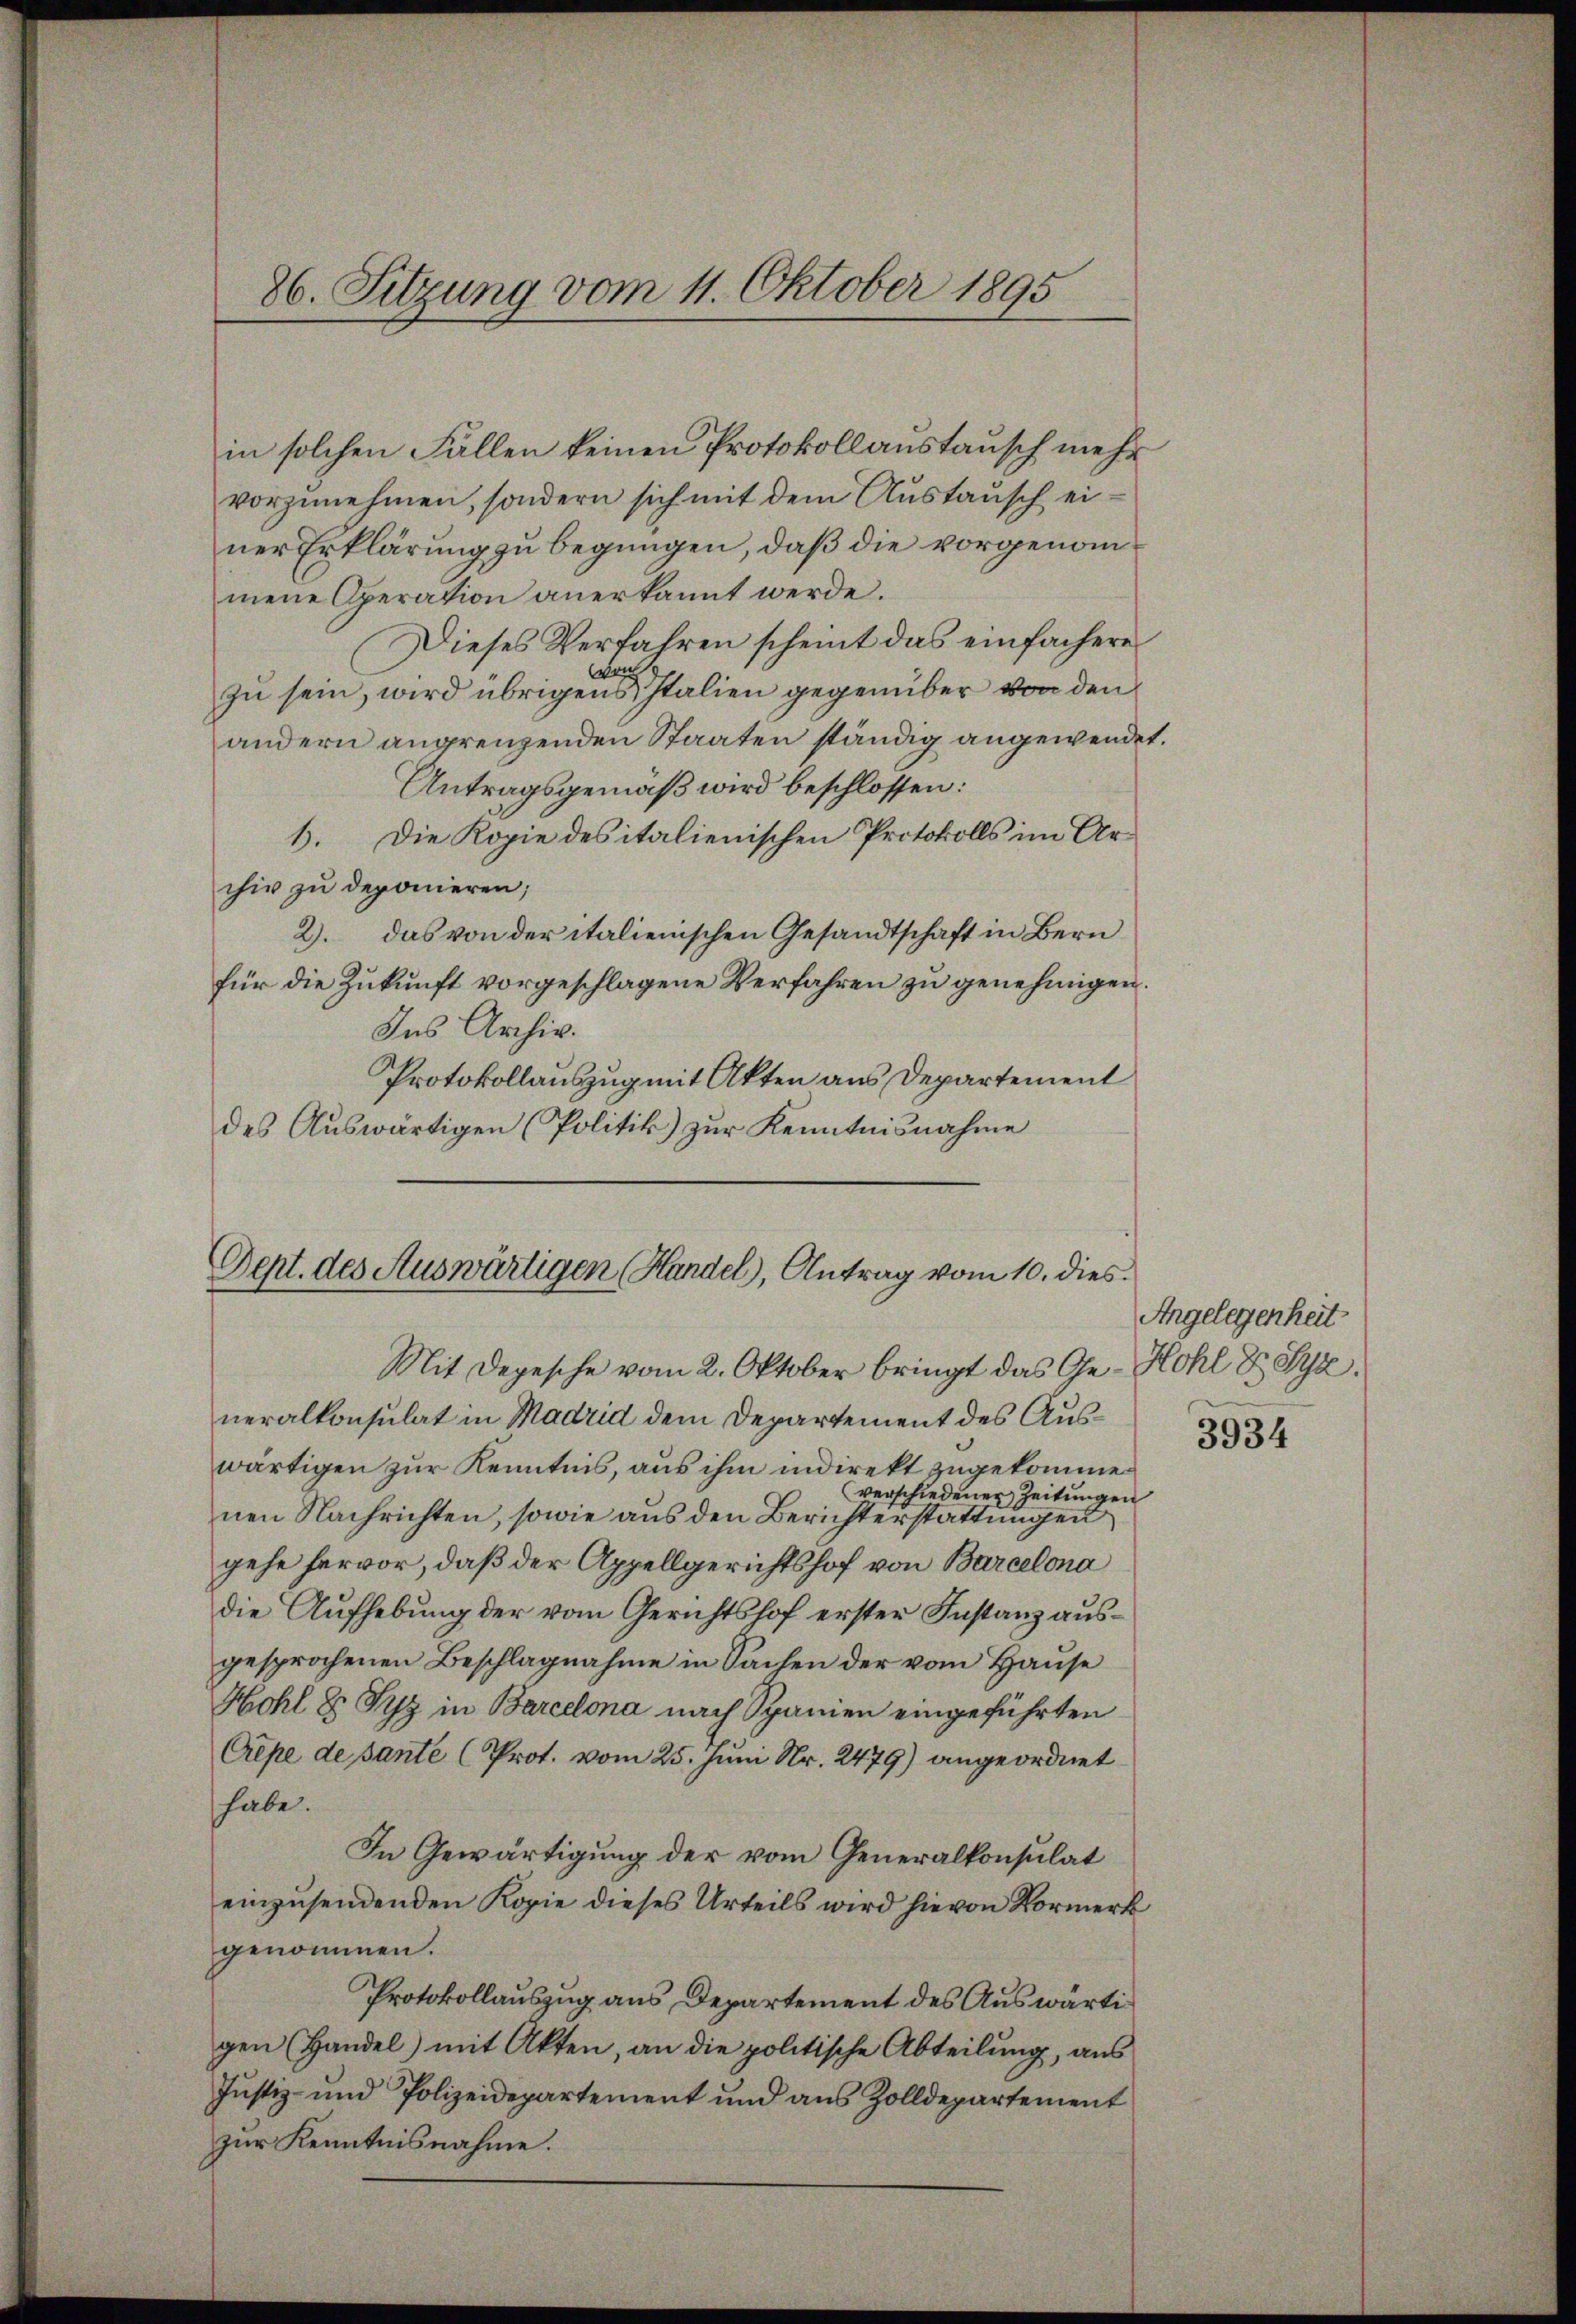
86. Sitzung vom 11. Oktober 1895

in solchen Fällen keinen Protokollanstausch mehr
vorzŭnehmen, sondern sich mit dem Aŭstaŭsch ei-
ner Erklärung zu begnügen, daß die vorgenommene Operation anerkannt werde.
Dieses Verfahren scheint das einfachere
Woch
zu sein, wird übrigens Italien gegenüber von den
andern angrenzenden Staaten ständig angewendet.
Antragsgemäß wird beschlossen:
Die Kopie des italienischen Protokolls im Ar¬
6.
chiv zu deponieren;
2). Das von der italienischen Gesandtschaft in Bern
für die Zukunft vorgeschlagene Verfahren zu genehmigen.
Ins Archiv.
Protokollauszug mit Akten aus Departement
des Auswärtigen (Politik) zur Kenntnisnahme

Dept. des Auswärtigen (Handel, Antrag vom 10. dies

neralkonsulat in Madrid dem Departement des Auswärtigen zur Kenntnis, aus ihm indirekt zugekommeverschiedener Zeitungen
nen Nachrichten, sowie aus den Berichterstattungen
gehe hervor, daß der Appellgerichtshof von Barcelona
die Aufhebung der vom Gerichtshof erster Instanz ausgesprochenen Beschlagnahme in Sachen der vom Hause
Hohl 8 Piz in Barcelona nach Spanien eingeführten
Crepe de sante (Prot. vom 25. Juni Nr. 2479) angeordnet
habe.
In Gewärtigung der vom Generalkonsulat
einzusendenden Kopie dieses Urteils wird hievon Vormerk
genommen.
Protokollauszug aus Departement des Auswärtigen (Handel) mit Akten, an die politische Abteilŭng, ans
Justiz- und Polizeidepartement und aus Zolldepartement
zur Kenntnisnahme.

Mit Depesche vom 2. Oktober bringt das Ge- Hohl Dr Syz.

Angelegenheit

3934